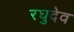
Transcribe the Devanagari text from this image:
रघुदेव